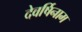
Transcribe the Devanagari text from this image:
देवर्षिनाम